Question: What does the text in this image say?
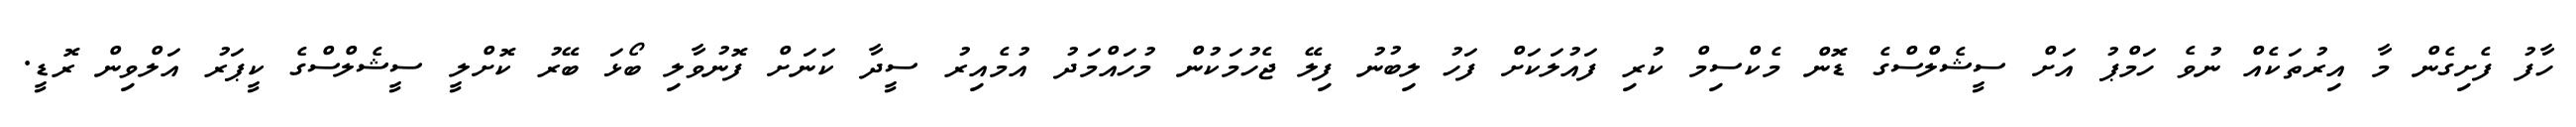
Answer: ހާފު ފެށިގެން މާ އިރުތަކެއް ނުވެ ހަމްޕު އަށް ސީޝެލްސްގެ ޑޮން މެކްސިމް ކުރި ފައުލަކަށް ފަހު ލިބުނު ފިލޭ ޖެހުމަކުން މުހައްމަދު އުމެއިރު ސީދާ ކަނަށް ފޮނުވާލި ބޯޅަ ބޭރު ކޮށްލީ ސީޝެލްސްގެ ކީޕަރު އަލްވިން ރޮޑީ.